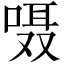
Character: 嗫